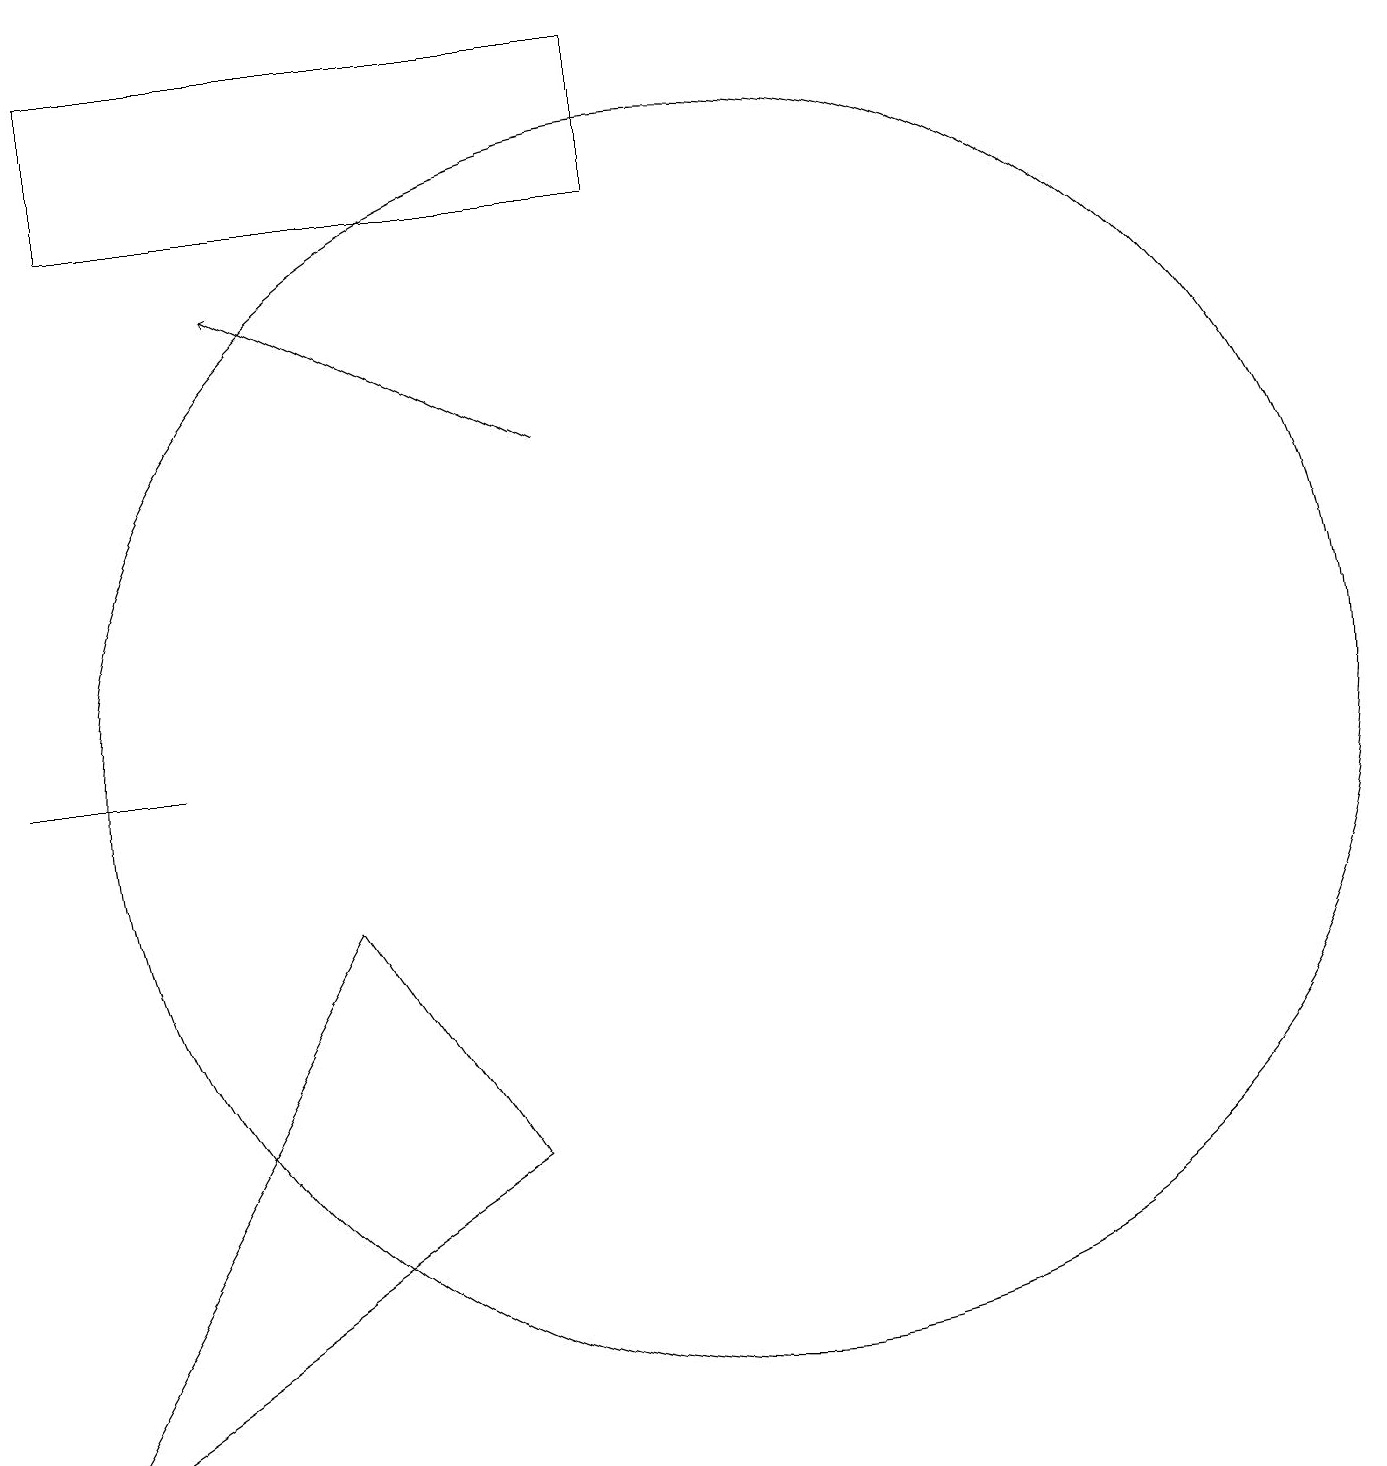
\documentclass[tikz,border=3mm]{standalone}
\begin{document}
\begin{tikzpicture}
\draw (1,10) rectangle (3,10);
\draw (10,10) circle (8);
\draw[->] (8,14) -- (4,16);
\draw (7,5) -- (5,8) -- (1,1) -- cycle;
\draw (2,17) rectangle (9,19);
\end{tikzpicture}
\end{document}